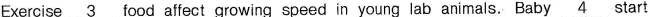
Exercise\underline{3} food affect growing speed in young lab animals. Baby \underline{4} start